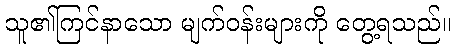
သူ၏ကြင်နာသော မျက်ဝန်းများကို တွေ့ရသည်။